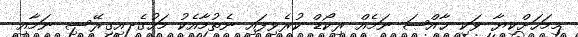
މިމަހަށްކިޔާ ވަކި ޚާއްޞަ ނަމެއް ރިކޯޑް ކުރެވިފައި ނެތުމާއެކު މަހުގެ އިގިރޭސި ނަމާއި